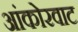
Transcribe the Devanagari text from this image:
आंकोरवाट